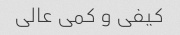
کیفی و کمی عالی